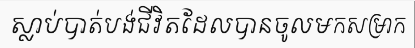
ស្លាប់បាត់បង់ជីវិតដែលបានចូលមកសម្រាក